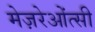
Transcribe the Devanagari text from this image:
मेज़रेओंत्सी